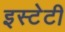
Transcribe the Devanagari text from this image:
इस्टेटी